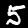
Digit: 5